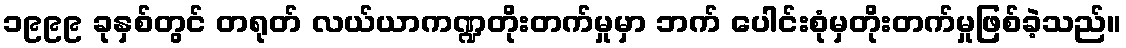
၁၉၉၉ ခုနှစ်တွင် တရုတ် လယ်ယာကဏ္ဍတိုးတက်မှုမှာ ဘက် ပေါင်းစုံမှတိုးတက်မှုဖြစ်ခဲ့သည်။